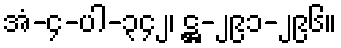
အံ-၄-ပါ-၃၄၂၊ ဋ္ဌ-၂၉၁-၂၉၆။